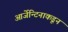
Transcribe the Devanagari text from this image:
आर्जेन्टिनाकडून